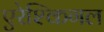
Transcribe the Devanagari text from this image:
एरेश्किगल